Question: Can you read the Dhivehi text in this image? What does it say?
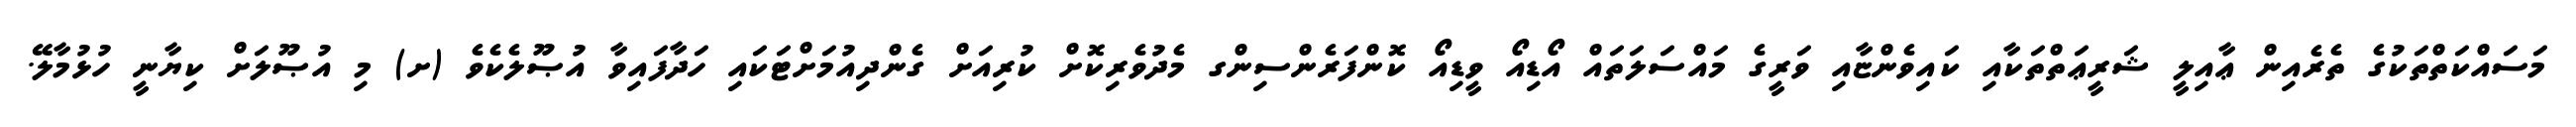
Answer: މަސައްކަތްތަކުގެ ތެރެއިން ޢާއިލީ ޝަރީޢަތްތަކާއި ކައިވެންޏާއި ވަރީގެ މައްސަލަތައް އޯޑިއޯ ވީޑިއޯ ކޮންފަރެންސިންގ މެދުވެރިކޮށް ކުރިއަށް ގެންދިއުމަށްޓަކައި ހަދާފައިވާ އުޞޫލެކެވެ (ށ) މި އުޞޫލަށް ކިޔާނީ ހުޅުމާލޭ.